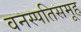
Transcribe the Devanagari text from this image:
वनस्पतिसमूह